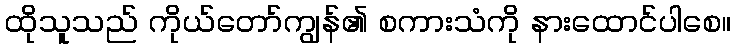
ထိုသူသည် ကိုယ်တော်ကျွန်၏ စကားသံကို နားထောင်ပါစေ။